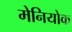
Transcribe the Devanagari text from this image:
मेनियोक